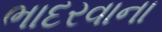
ભાદરવાના